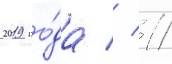
2019 го́да // 11